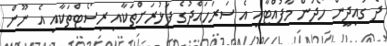
ދެ ގައިދީން ހޯދަން މާފުއްޓާއި އެ ސަރަހައްދުގެ ފަޅުރަށްތަކާއި ރިސޯޓްތަކާއި އެ ނޫން